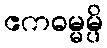
ဧကဓမ္မမ္ပိ